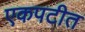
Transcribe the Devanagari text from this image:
एकपटीत